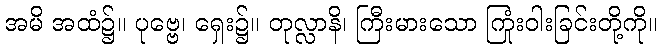
အမိ အထံ၌။ ပုဗ္ဗေ၊ ရှေး၌။ တုလ္လာနိ၊ ကြီးမားသော ကြုံးဝါးခြင်းတို့ကို။